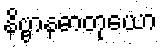
နိဗ္ဗာနဓာတုယော